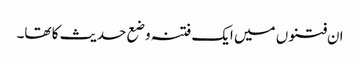
ان فتنوں میں ایک فتنہ وضع حدیث کا تھا۔